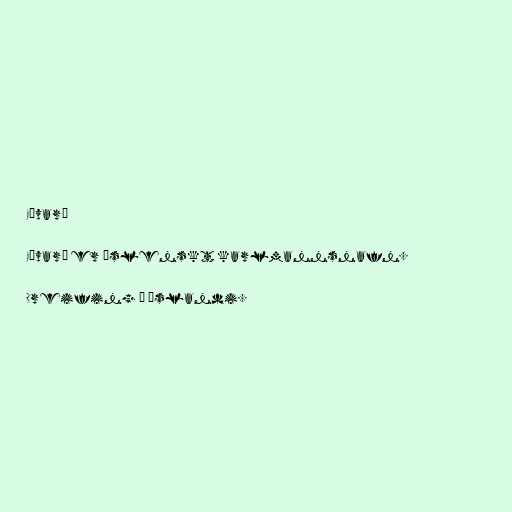
Eðvarð

Eðvarð er íslenskt karlmannsnafn.

Dreifing á Íslandi.